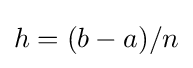
h=(b-a)/n